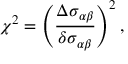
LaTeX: \chi ^ { 2 } = \left( \frac { \Delta \sigma _ { \alpha \beta } } { \delta \sigma _ { \alpha \beta } } \right) ^ { 2 } ,